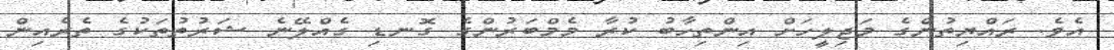
އެވެ. ރައްޔިތުންގެ މަޖިލީހަށް އިންތިހާބު ކުރާ މެމްބަރުންގެ ގޮނޑި ގެއްލޭނެ ޝަރުތުތަކުގެ ތެރެއިން